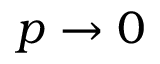
p \rightarrow 0